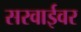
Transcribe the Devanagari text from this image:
सरवाईवर